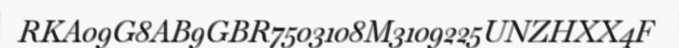
RKA09G8AB9GBR7503108M3109225UNZHXX4F